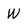
Character: W